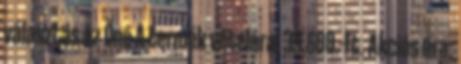
választás az Öné A termék vételára: 39.600.-Ft. Akciós ára: